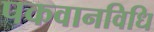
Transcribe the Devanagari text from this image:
पकवानविधि